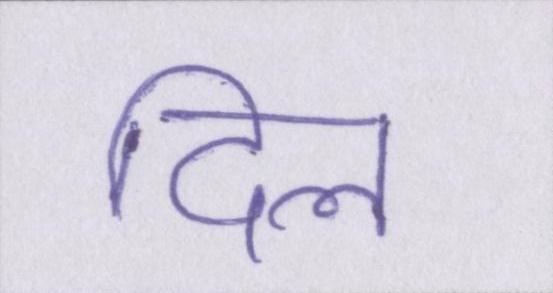
दिल